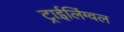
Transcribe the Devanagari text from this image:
ट्राईलिंग्वल